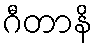
ဂီတာနိ